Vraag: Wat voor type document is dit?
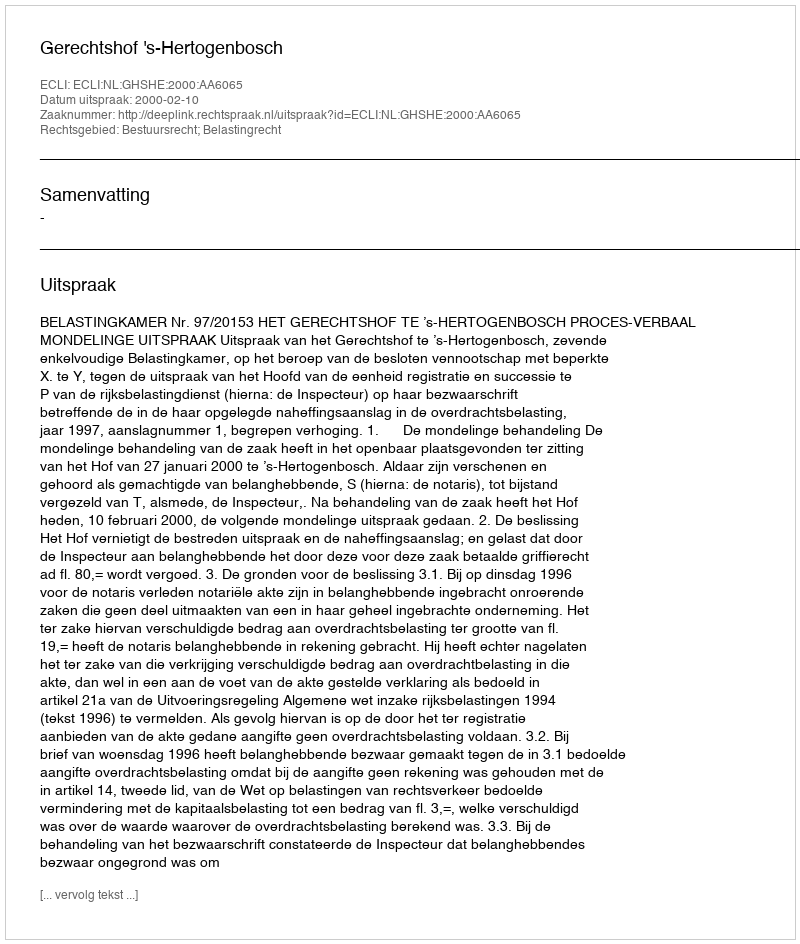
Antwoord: Uitspraak